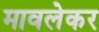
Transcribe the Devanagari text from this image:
मावलेकर